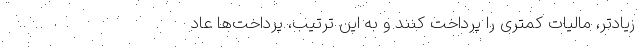
زیادتر، مالیات کمتری را پرداخت کنند و به این ترتیب، پرداخت‌ها عاد